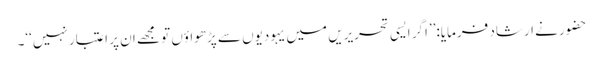
حضور نے ارشاد فرمایا:’’اگر ایسی تحریریں میں یہودیوں سے پڑھواؤں تو مجھے ان پر اعتبار نہیں‘‘۔